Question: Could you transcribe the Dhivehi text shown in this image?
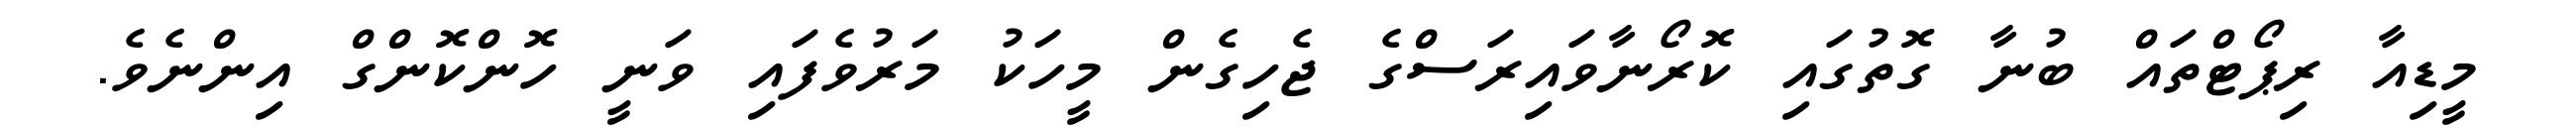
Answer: މީޑިއާ ރިޕޯޓްތައް ބުނާ ގޮތުގައި ކޮރޯނާވައިރަސްގެ ޖެހިގެން މީހަކު މަރުވެފައި ވަނީ ހޮންކޮންގް އިންނެވެ.